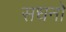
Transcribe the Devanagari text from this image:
सधनो